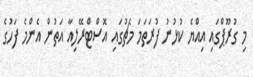
މި ގުރޫޕްގައި އިއްޔެ ކުޅުނު ފުރަތަމަ މެޗުގައި އޮސްޓްރޭލިއާ އަތުން އެންމެ ފަހުގެ